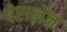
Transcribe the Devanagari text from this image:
पेरालेन